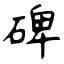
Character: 碑